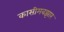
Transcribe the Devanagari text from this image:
कासीमबझार